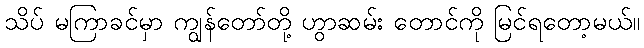
သိပ် မကြာခင်မှာ ကျွန်တော်တို့ ဟွာဆမ်း တောင်ကို မြင်ရတော့မယ်။